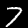
Digit: 7